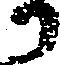
か